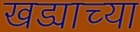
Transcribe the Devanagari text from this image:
खड्याच्या